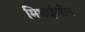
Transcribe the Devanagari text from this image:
मिथाईलीन